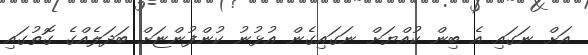
އަށް ނަގައި އެ ބިން ކުއްޔަށް ނަގައިގެން އުޅުނު ކުންފުންޏަށް ބަދަލެއްގެ ގޮތުގައި